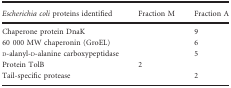
| Escherichia coli proteins identified | Fraction M | Fraction A |
 | --- | --- | --- |
 | Chaperone protein DnaK |  | 9 |
 | 60 000 MW chaperonin (GroEL) |  | 6 |
 | d‐alanyl‐d‐alanine carboxypeptidase |  | 5 |
 | Protein TolB | 2 |  |
 | Tail‐specific protease |  | 2 |